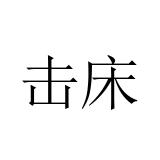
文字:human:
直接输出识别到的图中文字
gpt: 击床